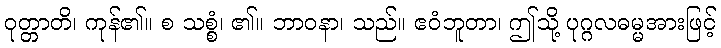
ဝုတ္တာတိ၊ ကုန်၏။ စ သစ္စံ၊ ၏။ ဘာဝနာ၊ သည်။ ဧဝံဘူတာ၊ ဤသို့ ပုဂ္ဂလဓမ္မအားဖြင့်